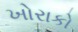
ખોરાકો